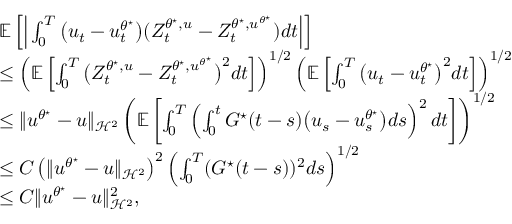
\begin{array} { r l } & { \mathbb { E } \left[ \Big | \int _ { 0 } ^ { T } \big ( u _ { t } - u _ { t } ^ { \theta ^ { \star } } \big ) ( Z _ { t } ^ { \theta ^ { \star } , u } - Z _ { t } ^ { \theta ^ { \star } , u ^ { \theta ^ { \star } } } ) d t \Big | \right] } \\ & { \leq \left( \mathbb { E } \left[ \int _ { 0 } ^ { T } \big ( Z _ { t } ^ { \theta ^ { \star } , u } - Z _ { t } ^ { \theta ^ { \star } , u ^ { \theta ^ { \star } } } \big ) ^ { 2 } d t \right] \right) ^ { 1 / 2 } \left( \mathbb { E } \left[ \int _ { 0 } ^ { T } \big ( u _ { t } - u _ { t } ^ { \theta ^ { \star } } \big ) ^ { 2 } d t \right] \right) ^ { 1 / 2 } } \\ & { \leq \| u ^ { \theta ^ { \star } } - u \| _ { \mathcal H ^ { 2 } } \left( \mathbb { E } \left[ \int _ { 0 } ^ { T } \left( \int _ { 0 } ^ { t } G ^ { \star } ( t - s ) \big ( u _ { s } - u _ { s } ^ { \theta ^ { \star } } \big ) d s \right) ^ { 2 } d t \right] \right) ^ { 1 / 2 } } \\ & { \leq C \left( \| u ^ { \theta ^ { \star } } - u \| _ { \mathcal H ^ { 2 } } \right) ^ { 2 } \left( \int _ { 0 } ^ { T } ( G ^ { \star } ( t - s ) ) ^ { 2 } d s \right) ^ { 1 / 2 } } \\ & { \leq C \| u ^ { \theta ^ { \star } } - u \| _ { \mathcal H ^ { 2 } } ^ { 2 } , } \end{array}